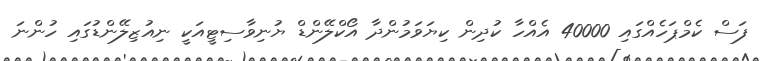
ފަސް ކެމްޕަހެއްގައި 40000 އެއްހާ ކުދިން ކިޔަވަމުންދާ އޯކްލޭންޑް ޔުނިވާސިޓީއަކީ ނިއުޒިލޭންޑުގައި ހުންނަ